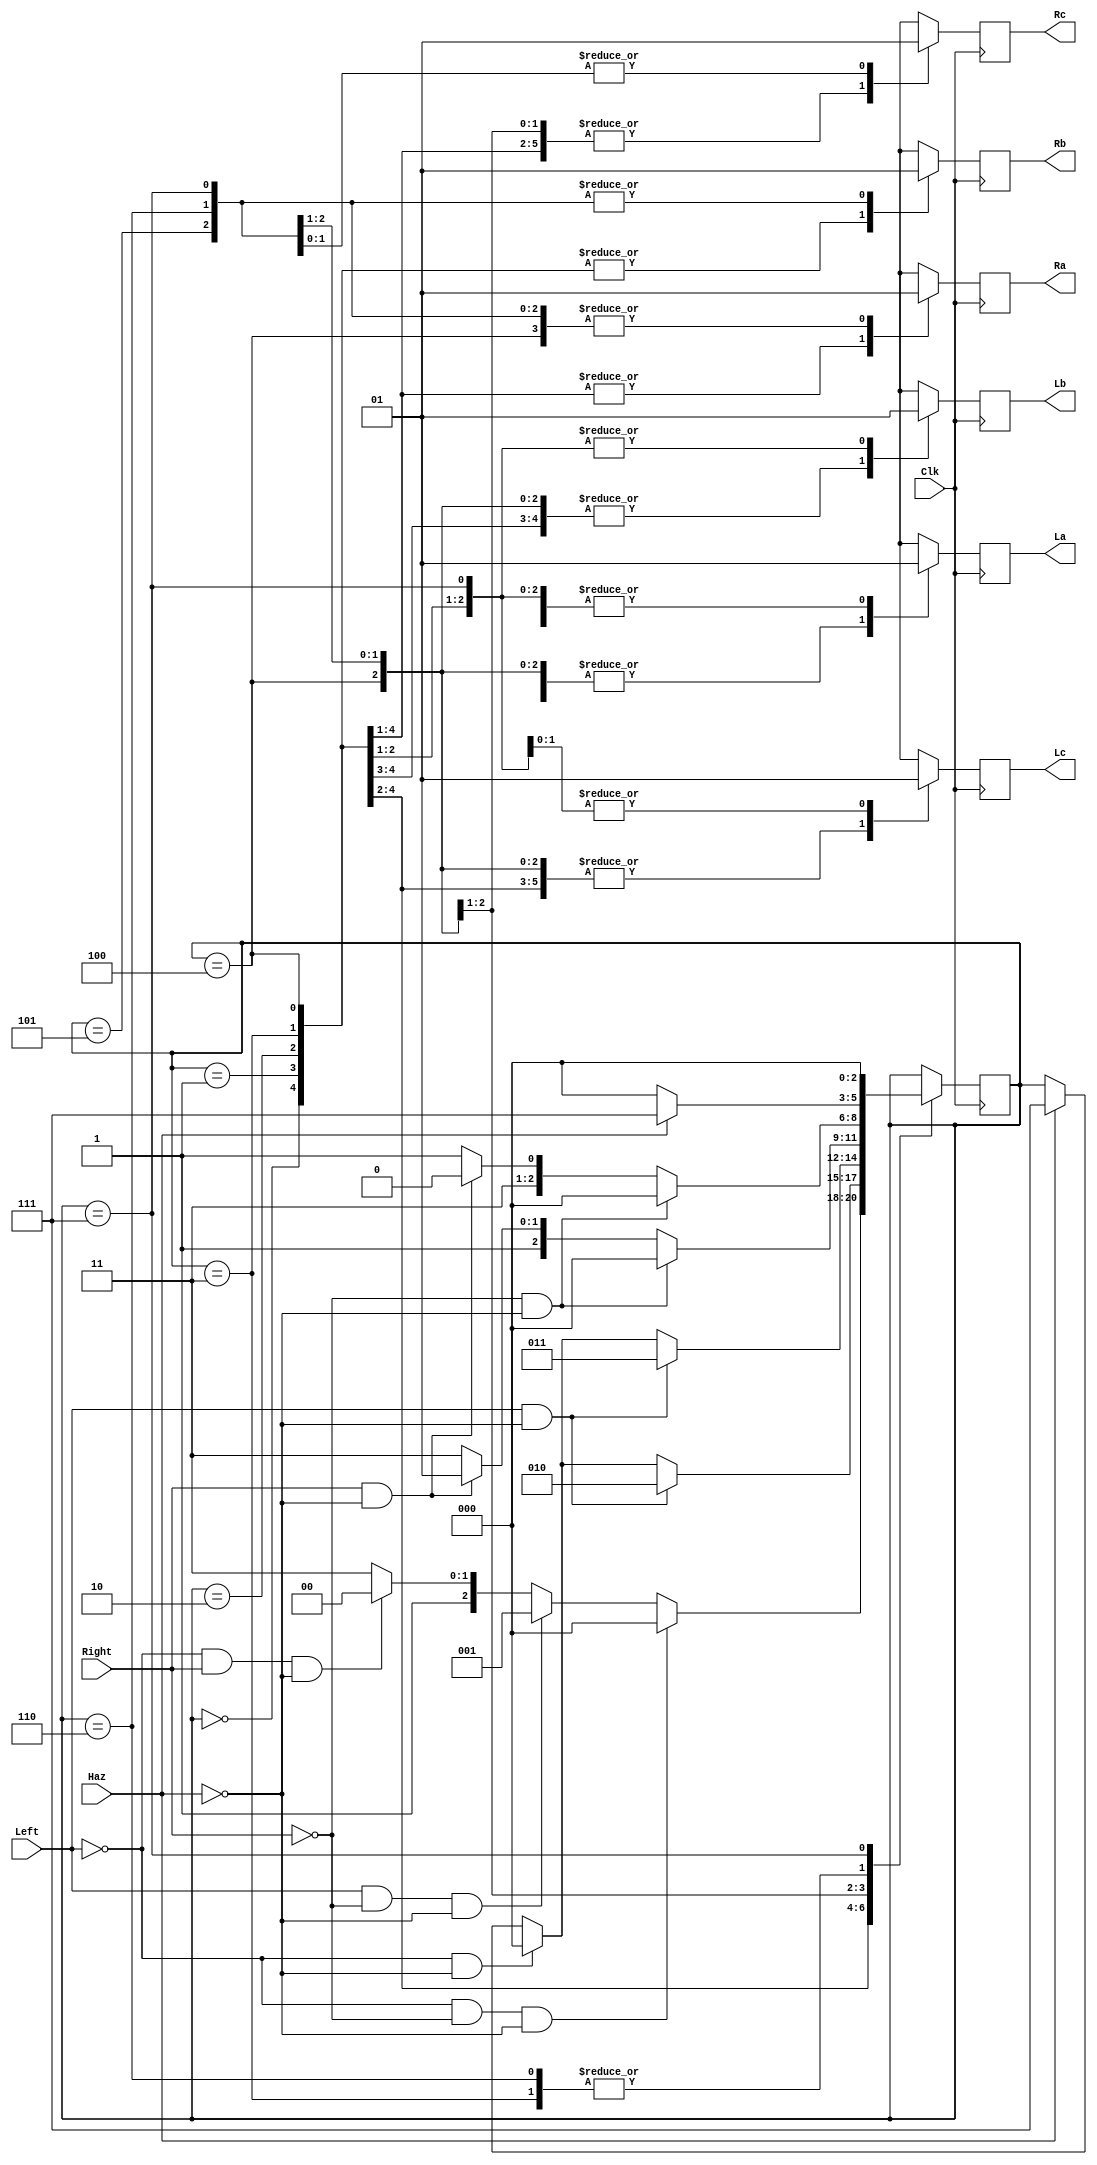
module HW2_light(Clk, Left, Right, Haz, La, Lb, Lc, Ra, Rb, Rc);

input Clk, Left, Right,Haz;
output La, Lb,Lc,Ra,Rb,Rc;

reg tLa,tLb,tLc,tRa,tRb,tRc;

assign La = tLa;
assign Lb = tLb;
assign Lc = tLc;
assign Ra = tRa;
assign Rb = tRb;
assign Rc = tRc;

reg [2:0] state;

initial 
  begin 
    tLa=0; 
    tLb=0;
    tLc=0;
    tRa=0;
    tRb=0; 
    tRc=0;
    state<=3'b0;
  end 


always @(posedge Clk)
  begin 
    case (state)
	0: 
          begin 
		tLc<=0;
		tLb<=0;
		tLa<=0;
		tRa<=0;
		tRb<=0;
		tRc<=0;
	   if(!(Left) && !(Right) && !(Haz))
		state<=0;
	  else if (Left && !(Right) && !(Haz))
		state<=1;
	  else if (!(Left) && Right && !(Haz))
		state<=4;
	  else 
		state<=7;	
	  end 
	1:
	  begin 
		tLc<=0;
		tLb<=0;
		tLa<=1;
		tRa<=0;
		tRb<=0;
		tRc<=0;
	   if(Left && !(Haz))
		state<=2;
	   else if (!(Left) && !(Haz))
		state <=0;
	   else if (Haz)
		state<=7;
	  end 
        2:
	  begin 
		tLc<=0;
		tLb<=1;
		tLa<=1;
		tRa<=0;
		tRb<=0;
		tRc<=0;
	 if(Left && !(Haz))
		state<=3;
	else if (!(Left) && !(Haz))
		state<=0;
	else if (Haz)
		state<=7;
	  end 
	3:
	  begin 
		tLc<=1;
		tLb<=1;
		tLa<=1;
		tRa<=0;
		tRb<=0;
		tRc<=0;
	  if (!(Haz))
		state<=0;
	  else 
		state<=7;
	  end 
	4:
	  begin 
		tLc<=0;
		tLb<=0;
		tLa<=0;
		tRa<=1;
		tRb<=0;
		tRc<=0;	  
	if(!(Right) && !(Haz))
		state<=0;
	else if (Right && !(Haz))
		state<=5;
	else 
		state<=7;
	end
	5:
	  begin 
		tLc<=0;
		tLb<=0;
		tLa<=0;
		tRa<=1;
		tRb<=1;
		tRc<=0;	
	  if(!(Right) && !(Haz))
		state<=0;
	  else if(Right && !(Haz))
		state<=6;
	  else 
		state<=7;
	  end 
	6:
	  begin 
		tLc<=0;
		tLb<=0;
		tLa<=0;
		tRa<=1;
		tRb<=1;
		tRc<=1;
	  if(!(Haz))
		state<=0;
	  else 
		state<=7;
	  end 
	 7: 
	  begin 
		tLc<=1;
		tLb<=1;
		tLa<=1;
		tRa<=1;
		tRb<=1;
		tRc<=1;
		state<=0;
	  end 
	endcase	
  end 
endmodule